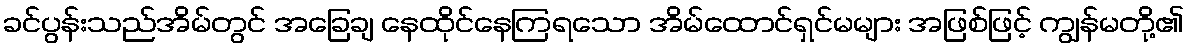
ခင်ပွန်းသည်အိမ်တွင် အခြေချ နေထိုင်နေကြရသော အိမ်ထောင်ရှင်မများ အဖြစ်ဖြင့် ကျွန်မတို့၏